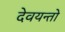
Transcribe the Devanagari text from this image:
देवयन्तो